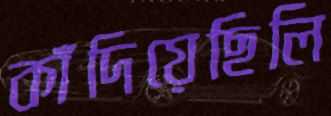
কাঁদিয়েছিলি